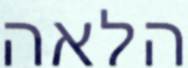
הלאה